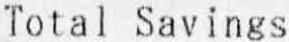
TOTAL SAVINGS